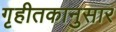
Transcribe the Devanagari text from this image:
गृहीतकानुसार